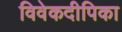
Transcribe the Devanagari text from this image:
विवेकदीपिका